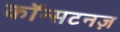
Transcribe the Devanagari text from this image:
कॉन्सटनज़